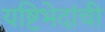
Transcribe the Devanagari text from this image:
यष्टिभेदांची